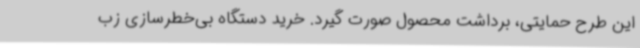
این طرح حمایتی، برداشت محصول صورت گیرد. خرید دستگاه بی‌خطرسازی زب